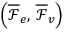
\left( \overline { \mathcal { F } } _ { e } , \, \overline { \mathcal { F } } _ { v } \right)